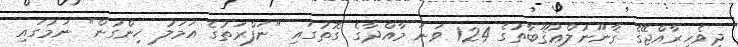
ދިވެހިރާއްޖޭގެ ޤާނޫނުލްޢުޤޫބާތުގެ 124 ވަނަ މާއްދާގެ ގޮތުގައި "ނަފްރަތުގެ އަމަލު ހިންގުން" ނަމުގައި